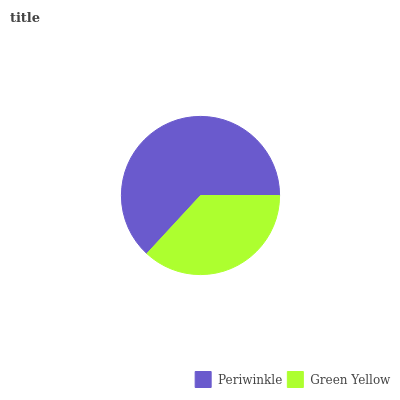
| Periwinkle | Green Yellow |
 | --- | --- |
 | 63.1% | 36.9% |